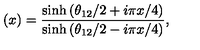
( x ) = \frac { \sinh \left( \theta _ { 1 2 } / 2 + i \pi x / 4 \right) } { \sinh \left( \theta _ { 1 2 } / 2 - i \pi x / 4 \right) } , \nonumber